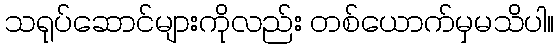
သရုပ်ဆောင်များကိုလည်း တစ်ယောက်မှမသိပါ။